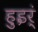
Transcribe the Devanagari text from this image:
हुइर्ं